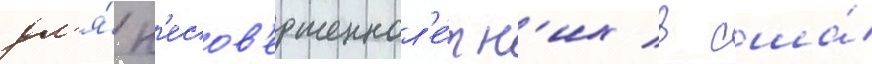
дл'я́ н'есов'ершеннол'е́тн'их в сша́